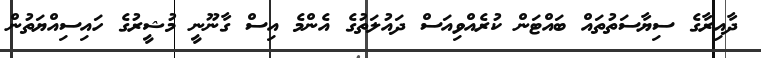
ދާއިރާގެ ސިޔާސަތުތައް ބައްޓަން ކުރެއްވިއަސް ދައުލަތުގެ އެންމެ އިސް ގާނޫނީ މުޝީރުގެ ހައިސިއްޔަތުން